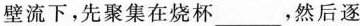
壁流下，先聚集在烧杯___，然后逐